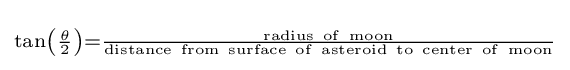
\scriptstyle {\mathrm {tan} \left({\frac {\theta }{2}}\right)={\frac {\mathrm {radius~of~moon} }{\mathrm {distance~from~surface~of~asteroid~to~center~of~moon} }}}